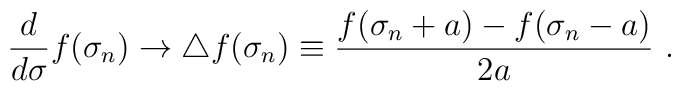
\frac{d}{d \sigma} f (\sigma_n) \to \triangle f (\sigma_n) \equiv  \frac{ f (\sigma_n + a) -  f (\sigma_n - a)}{2a}~.